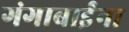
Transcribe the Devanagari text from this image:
गंगाबाईंना